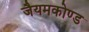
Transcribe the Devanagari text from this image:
जैयमकोण्ड